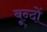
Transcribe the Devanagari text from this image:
बून्दों